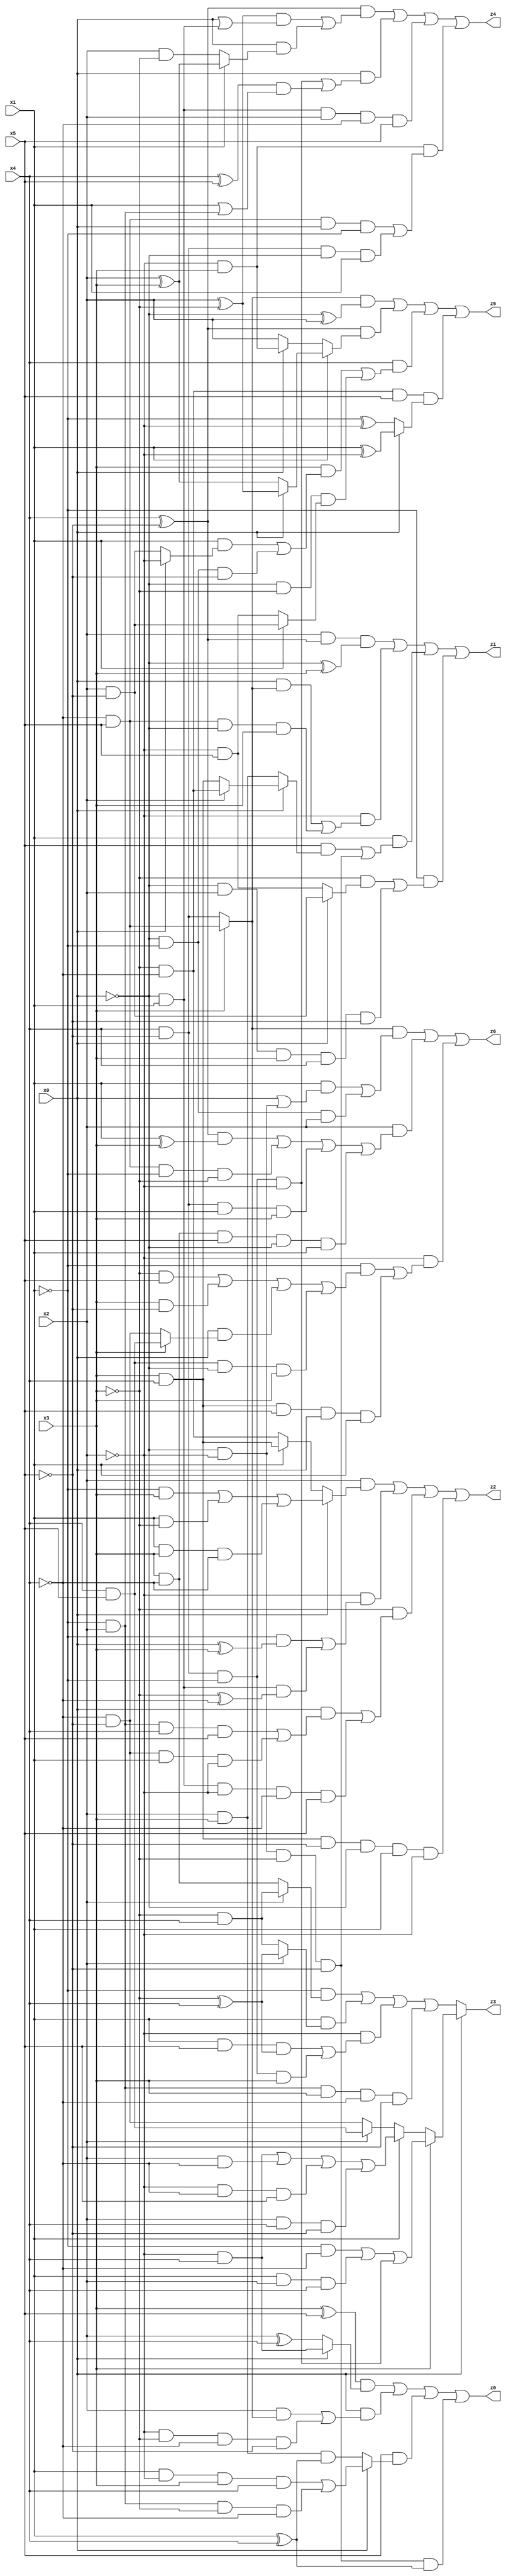
// Benchmark "X_34" written by ABC on Thu Jun 29 22:18:39 2023

module X_34 ( 
    x0, x1, x2, x3, x4, x5,
    z0, z1, z2, z3, z4, z5, z6  );
  input  x0, x1, x2, x3, x4, x5;
  output z0, z1, z2, z3, z4, z5, z6;
  assign z0 = ((x3 ^ x5) & (x0 ? (~x2 & x4) : (x2 ^ x4))) | (x0 & ((x2 & (x3 ? (~x4 & x5) : (x4 & ~x5))) | (~x2 & ~x3 & ~x4 & ~x5))) | (x5 & (x0 ? ((x1 & ~x2 & x3 & x4) | (~x1 & x2 & ~x3 & ~x4)) : (x2 & x3 & (x1 ^ x4)))) | (~x0 & ~x2 & ~x3 & ~x5 & (x1 ^ x4));
  assign z1 = (x2 & (x4 ^ ~x5) & (~x0 ^ x3)) | (~x2 & ((x0 & (x3 ? (~x4 & x5) : (x4 & ~x5))) | (~x4 & x5 & ~x0 & x3))) | (x1 & ((x5 & (x0 ? (x2 ? (~x3 & ~x4) : (x3 & x4)) : (x2 & x3))) | (~x0 & ~x2 & ~x3 & ~x5))) | (~x1 & ((~x3 & (x0 ? (x2 & ~x5) : (~x2 & x5))) | (~x0 & x2 & x3 & x4 & ~x5)));
  assign z2 = (x2 & (x0 ? ((~x1 & x3) | (x1 & ~x3) | (x1 & x3 & ~x4)) : (x1 ? (x3 & x4) : (~x3 & ~x4)))) | (~x2 & ((~x1 & (x0 ^ x3)) | (~x0 & x1 & (~x3 ^ ~x4)))) | (~x3 & ((x0 & ((~x1 & x2 & x4 & x5) | (~x4 & ~x5 & x1 & ~x2))) | (~x0 & x1 & ~x2 & ~x4 & x5))) | (x3 & x4 & ~x5 & ~x0 & x1 & ~x2);
  assign z3 = x0 ? (x3 ? ((~x1 & ~x4) | (x1 & x2 & x4) | (x4 & ~x5 & ~x1 & ~x2)) : (x1 ? ((~x2 & x4) | (x2 & ~x4) | (~x2 & ~x4 & x5) | (x2 & x4 & ~x5)) : (x2 ? (x4 & x5) : (~x4 & ~x5)))) : ((~x1 & (x2 ? (~x3 & x4) : (x3 & ~x4))) | (x1 & (x2 ? (~x3 ^ x4) : (~x3 & x4))) | (~x2 & ((x1 & x5 & (~x3 ^ x4)) | (x4 & ~x5 & ~x1 & x3))) | (~x1 & x2 & x3 & ~x4 & ~x5));
  assign z4 = ((x4 ^ ~x5) & (((x2 ^ ~x3) & (x0 | (~x0 & x1))) | (x0 & (x1 ? (x2 ^ x3) : (x2 & ~x3))))) | (x0 & ((x4 & ~x5 & ~x1 & ~x2) | ((x4 ^ x5) & (x1 | (~x1 & x2))))) | (~x0 & x1 & x2 & ~x4 & x5) | (~x2 & x3 & ((~x4 & x5 & x0 & ~x1) | (x4 & ~x5 & ~x0 & x1)));
  assign z5 = ((x3 ? (~x4 & x5) : (x4 & ~x5)) & (~x0 ^ x2)) | ((x4 ^ ~x5) & (x1 ? (x0 ? (x2 ^ ~x3) : (x2 ^ x3)) : (x0 ? (~x2 & x3) : x2))) | (x4 & ((x3 & ((x1 & (x0 ? ~x2 : (x2 & ~x5))) | (~x0 & ~x1 & ~x5))) | (~x0 & ~x3 & (x1 ? (x2 & ~x5) : (~x2 & x5))))) | (~x3 & ~x4 & x5 & (x0 ? (x1 ^ ~x2) : (~x1 ^ ~x2)));
  assign z6 = ((x3 ? (~x4 & x5) : (x4 & ~x5)) & ((x1 & (x0 | (~x0 & ~x2))) | (~x0 & ~x1 & x2))) | (x2 & (((x4 ^ ~x5) & (x1 ^ x3)) | (~x4 & x5 & ~x1 & ~x3) | (x4 & ~x5 & x1 & x3) | (x3 & ~x4 & x5 & ~x0 & x1))) | (~x2 & ((~x1 & ((~x3 & x5) | (x3 & ~x5) | (x0 & (x3 ? (x4 & x5) : (~x4 & ~x5))) | (x4 & x5 & ~x0 & x3))) | (x3 & x4 & x5 & x0 & x1)));
endmodule